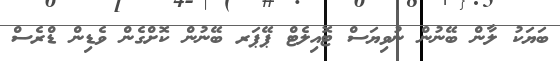
ބަޔަކު ލާން ބޭނުން ނުވިޔަސް ޓޮއިލެޓް ޕޭޕަރ ބޭނުން ކޮށްގެން ވެޑިން ޑްރެސް